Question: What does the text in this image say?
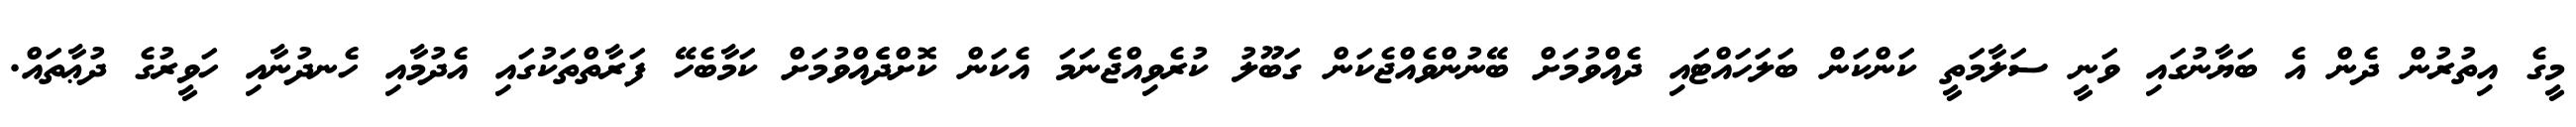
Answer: މީގެ އިތުރުން ދެން އެ ބަޔާނުގައި ވަނީ ސަލާމަތީ ކަންކަން ބަލަހައްޓައި ދެއްވުމަށް ބޭނުންވެއްޖެކަން ގަބޫލު ކުރެވިއްޖެނަމަ އެކަން ކޮށްދެެއްވުމަށް ކަމާބެހޭ ފަރާތްތަކުގައި އެދުމާއި ހެނދުނާއި ހަވީރުގެ ދުޢާތައް.